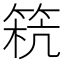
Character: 𥮕